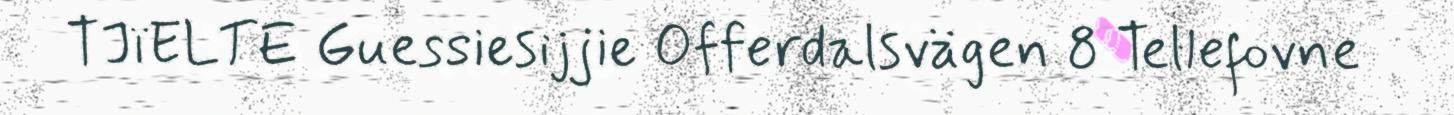
TJïELTE Guessiesijjie Offerdalsvägen 8 Tellefovne